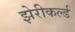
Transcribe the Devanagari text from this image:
झेरीकर्ल्ड